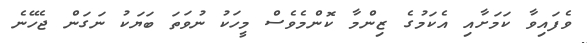
ވެފައިވާ ކަމަށާއި އެކަމުގެ ޒިންމާ ކޮންމެވެސް މީހަކު ނުވަތަ ބަޔަކު ނަގަން ޖެހޭނެ